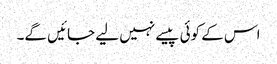
اس کے کوئی پیسے نہیں لیے جائیں گے۔